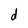
Character: d